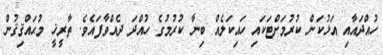
ހުއްދައާއި އަޅުކަން ކުރުމަށްޓަކައި ހައިކަލެއް ބިނާ ކުރުމުގެ ހުއްދަ ދެއްވާފައެވެ. ތާރީޚީ މުޙައްޤިޤުން